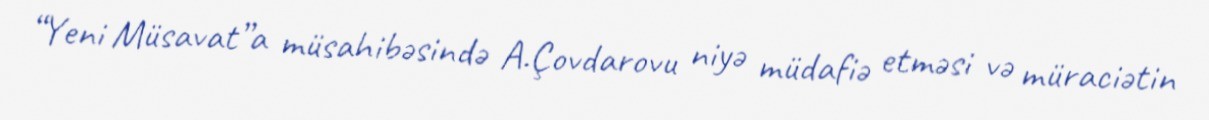
“Yeni Müsavat”a müsahibəsində A.Çovdarovu niyə müdafiə etməsi və müraciətin